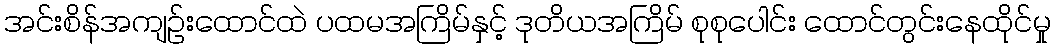
အင်းစိန်အကျဉ်းထောင်ထဲ ပထမအကြိမ်နှင့် ဒုတိယအကြိမ် စုစုပေါင်း ထောင်တွင်းနေထိုင်မှု